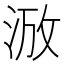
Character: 𣵑